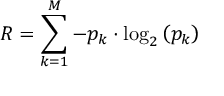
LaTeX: R = \sum _ { k = 1 } ^ { M } - p _ { k } \cdot \log _ { 2 } \left( p _ { k } \right)